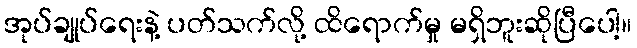
အုပ်ချုပ်ရေးနဲ့ ပတ်သက်လို့ ထိရောက်မှု မရှိဘူးဆိုပြီပေါ့။